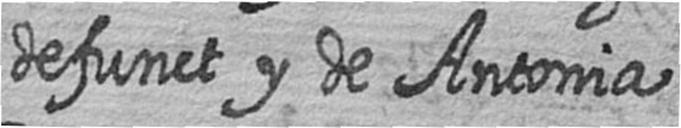
defunct y de Antonia